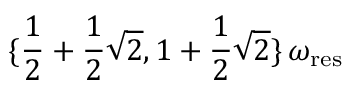
\{ \frac { 1 } { 2 } + \frac { 1 } { 2 } \sqrt { 2 } , 1 + \frac { 1 } { 2 } \sqrt { 2 } \} \, \omega _ { \mathrm { r e s } }